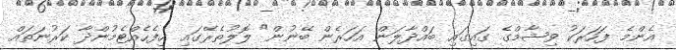
އެންމެ ފަހަރަކު ވިޝާމްގެ ގައިގައި ބައްދާލަން އަހަރެން ބޭނުން" ލޮލުތެރޭގައި ހިފެހެއްޓެމުންދާ ކަރުނަތައް